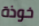
خوذة